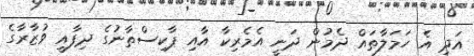
އަދި އެ ހަމަލާތައް ދެމުން ދަނީ އެމެރިކާ އާއި ޕާކިސްތާނުގެ ދިފާއީ ވުޒާރާގެ